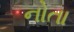
નોતા